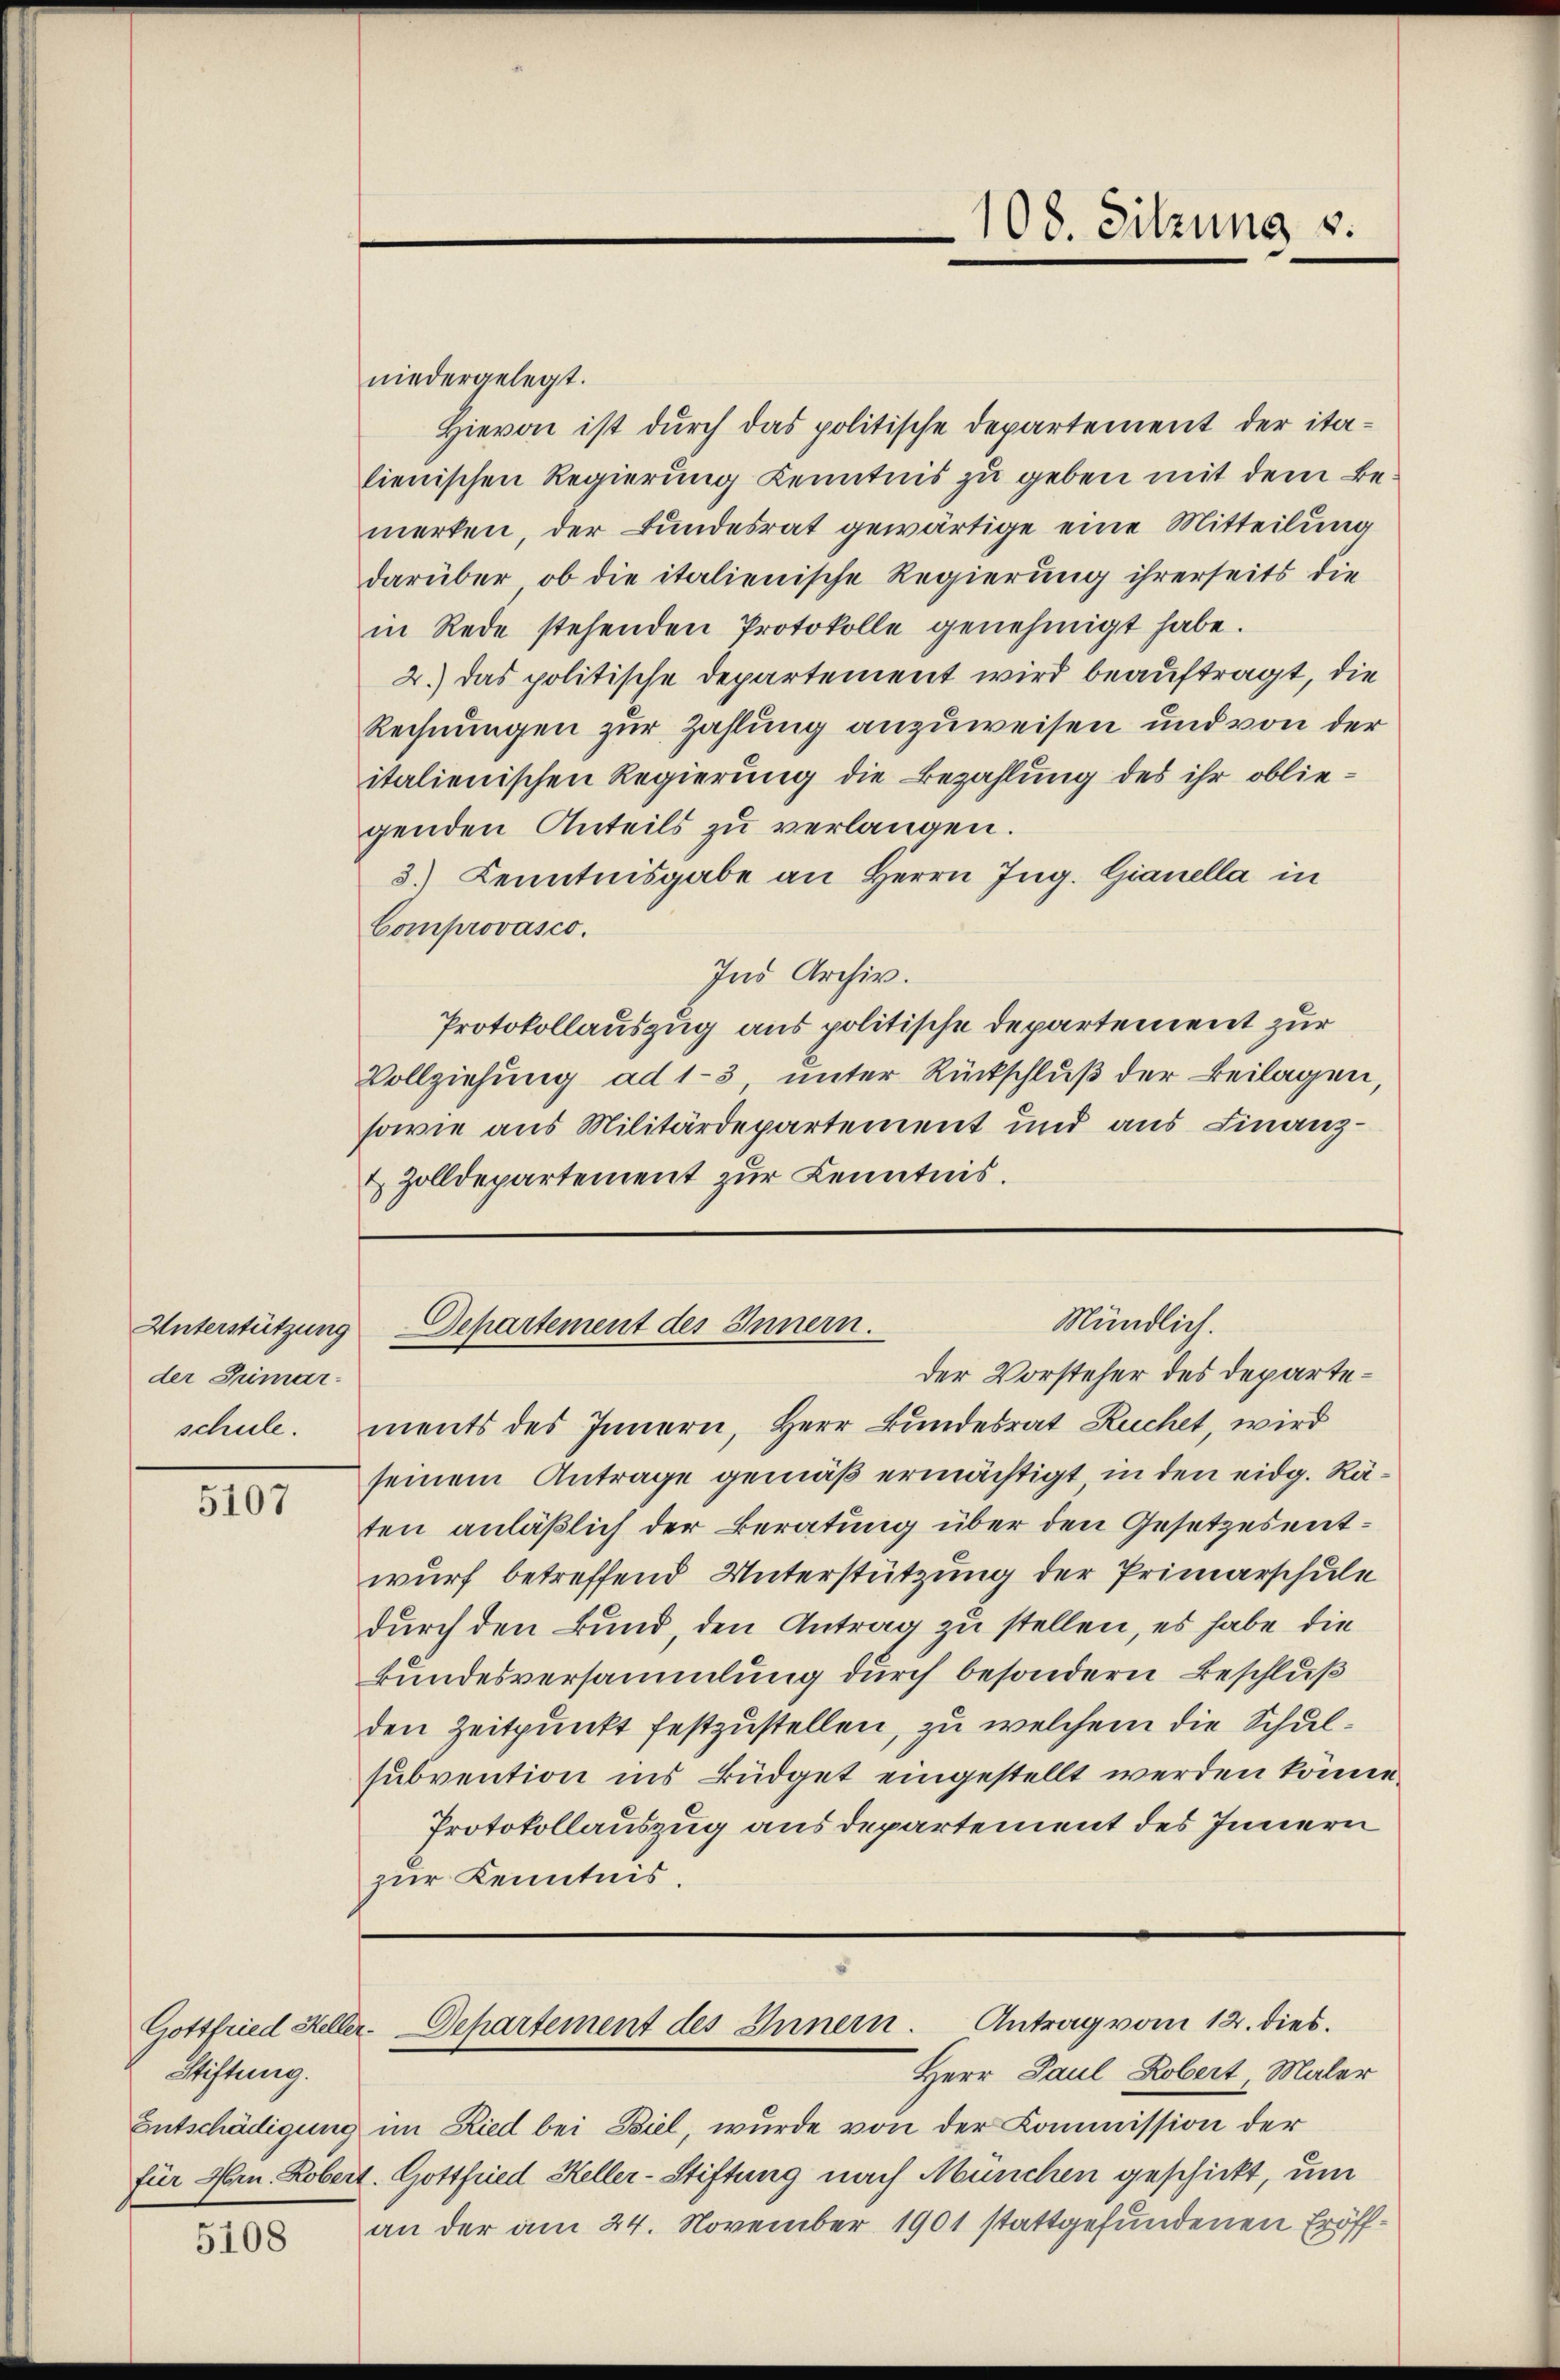
Unterstützung
der Tumarschule.

5107

Stiftung.

5108

niedergelegt.
Hievon ist durch das politische Departement der italienischen Regierung Kenntnis zu geben mit dem Bemerken, der Bundesrat gewärtige eine Mitteilung
darüber, ob die italienische Regierung ihrerseits die
in Rede stehenden Protokolle genehmigt habe.
2.) Das politische Departement wird beauftragt, die
Rechnungen zur Zahlung anzuweisen und von der
italienischen Regierung die Bezahlung des ihr obliegenden Anteils zu verlangen.
3.) Kenntnisgabe an Herrn Ing. Gianella in
Comprovasco.
Ind Archiv.
Protokollauszug aus politische Departement zur
Vollziehung ad 1-3 unter Rückschluß der Beilagen,
sowie aus Militärdepartement und aus Finanz¬
& Zolldepartement zur Kenntnis.

108. Sitzung v.

Mündlich.
Departement des Innern.
der Vorsteher des Departe¬

ments des Innern, Herr Bundesrat Ruchet, wird
seinem Antrage gemäß ermächtigt, in den eidg. Räten anläßlich der Beratung über den Gesetzesentwurf betreffend Unterstützung der Primarschule
durch den Bund, den Antrag zu stellen, es habe die
kundesversammlung durch besondern Beschluß
den Zeitpunkt festzustellen, zu welchem die Schulsubvention ins Büdget eingestellt werden könne.
Protokollauszug aus departement des Innern
zur Kenntnis.

Gottfried Heller. Departement des Innern. Antrag vom 12. dies¬
Herr Paul Robert, Maler

Entschädigung im Ried bei Biel, wurde von der Kommission der
für Hrn. Robert. Gottfried Heller-Stiftung nach München geschickt, um
an der am 24. November 1901 stattgefundenen Eröff¬